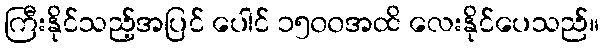
ကြီးနိုင်သည့်အပြင် ပေါင် ၁၅၀၀အထိ လေးနိုင်ပေသည်။